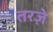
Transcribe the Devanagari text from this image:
तरज़े